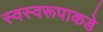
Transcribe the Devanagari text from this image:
स्वस्वरूपाकडे